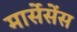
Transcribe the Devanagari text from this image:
मार्सेसेंस